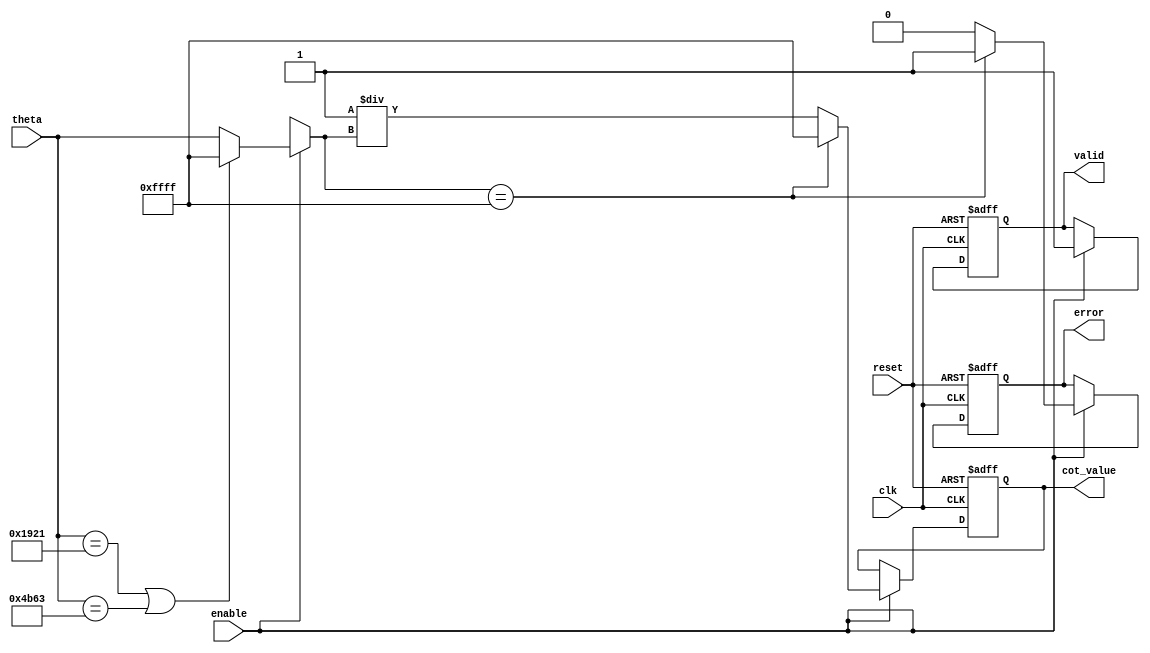
module cotangent (
    input  wire clk,             // Clock signal
    input  wire reset,           // Reset signal
    input  wire enable,          // Enable signal
    input  wire [15:0] theta,    // Input angle (fixed-point representation)
    output reg [15:0] cot_value, // Cotangent output
    output reg valid,            // Output valid signal
    output reg error             // Error signal for undefined values
);

    // Internal parameters
    parameter PI = 16'h3243; // Fixed-point representation of 
    parameter PI_OVER_2 = 16'h1921; // Fixed-point representation of /2
    parameter PI_OVER_4 = 16'h0C90; // Fixed-point representation of /4

    // Internal signals
    reg [15:0] tan_value;
    reg tan_valid;
    
    // Function to compute tangent using a simple Taylor series approximation
    function [15:0] compute_tan(input [15:0] angle);
        // Placeholder for tangent computation
        // This should be replaced with an actual computation (e.g., CORDIC, lookup table)
        // For now, we return a simple approximation for demonstration
        if (angle == PI_OVER_2 || angle == 3*PI_OVER_2) begin
            compute_tan = 16'hFFFF; // Indicating undefined (infinity)
        end else begin
            compute_tan = angle; // Placeholder for actual tangent value
        end
    endfunction

    // Sequential logic for computation
    always @(posedge clk or posedge reset) begin
        if (reset) begin
            cot_value <= 16'h0000; // Reset output
            valid <= 1'b0;         // Reset valid signal
            error <= 1'b0;         // Reset error signal
            tan_valid <= 1'b0;     // Reset tangent valid signal
        end else if (enable) begin
            // Compute tangent
            tan_value = compute_tan(theta);
            tan_valid = 1'b1;

            // Check for undefined values
            if (tan_value == 16'hFFFF) begin
                cot_value <= 16'hFFFF; // Indicate undefined
                valid <= 1'b1;
                error <= 1'b1; // Set error signal
            end else begin
                // Compute cotangent
                cot_value <= 16'h0001 / tan_value; // Compute cotangent
                valid <= 1'b1;
                error <= 1'b0; // No error
            end
        end
    end

endmodule